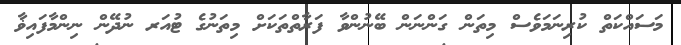
މަސައްކަތް ކުރިނަމަވެސް މިތަން ގަންނަން ބޭނުންވާ ފަރާތްތަކަށް މިތަނުގެ ޓުއަރ ނުދޭން ނިންމާފައިޥާ